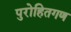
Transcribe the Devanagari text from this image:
पुरोहितगण